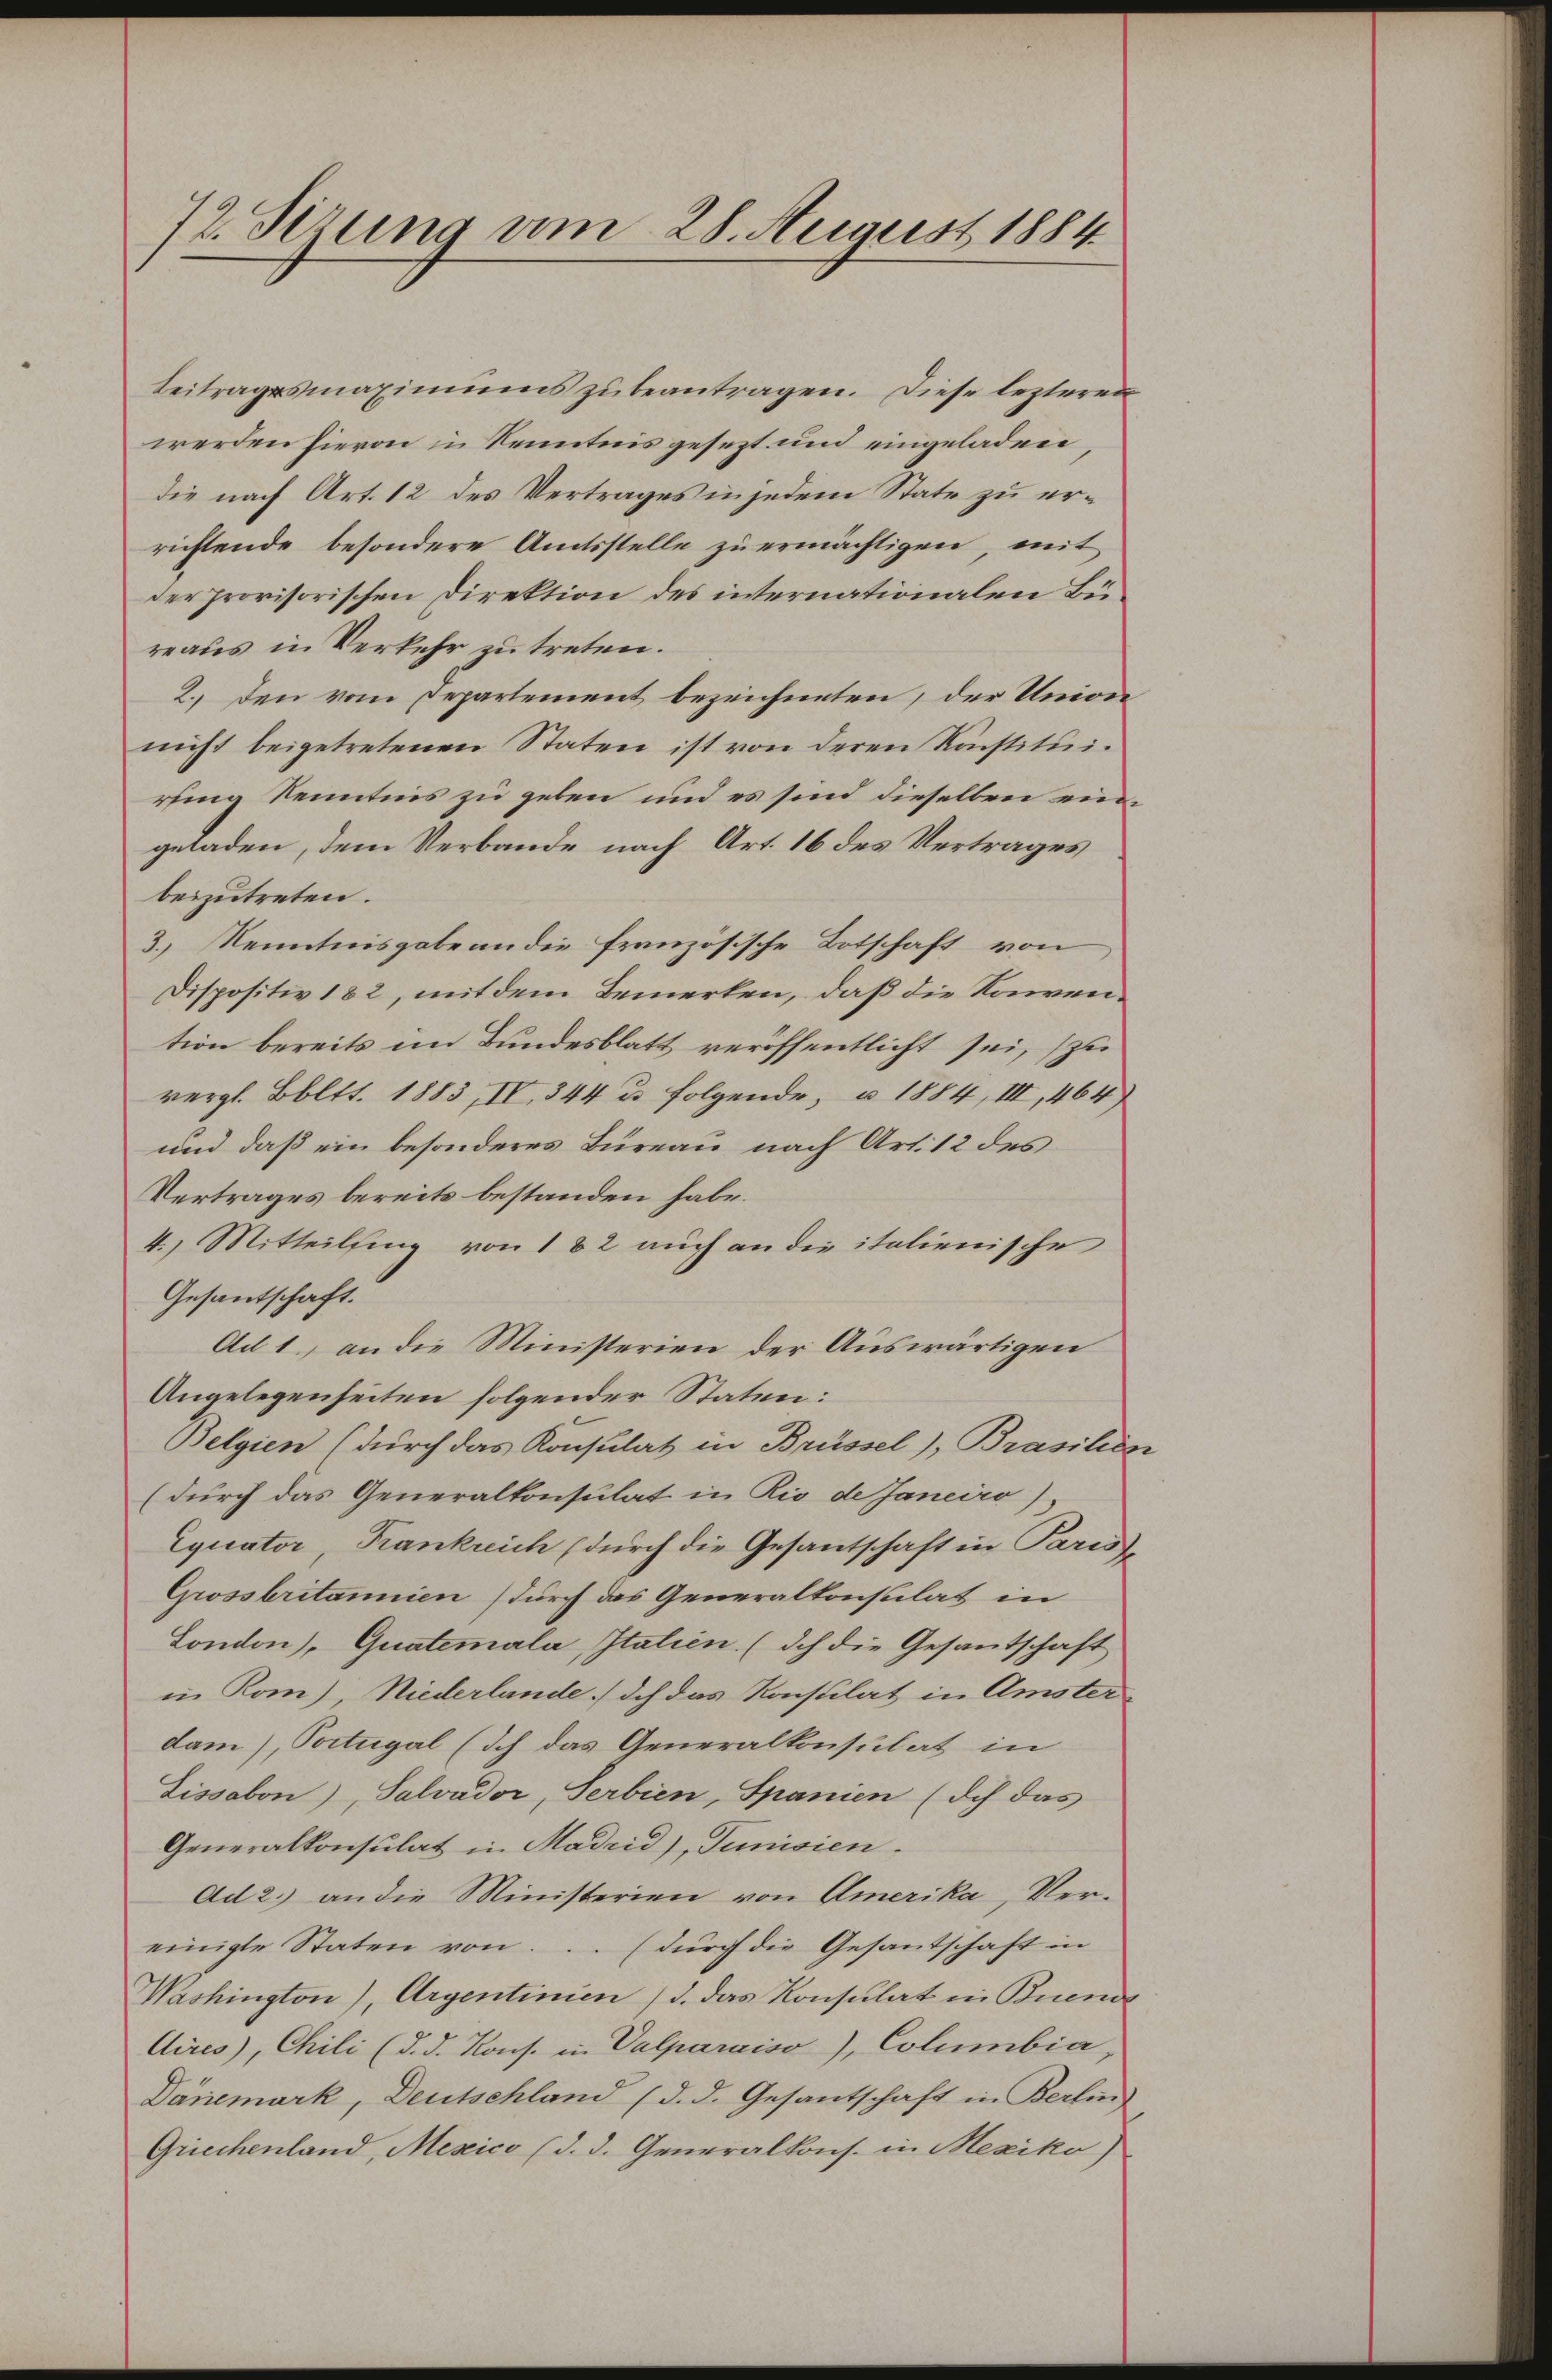
72. Sizung am 28. August 1884

Beitragsmaximums zu beantragen. Diese lezteren
werden hievon in Kenntnis gesezt und eingeladen,
die nach Art. 12 des Vertrages in jedem State zu errichtende besondere Amtsstelle zu ermächtigen, mit
der provisorischen Direktion des internationalen Büreaus in Verkehr zu treten.
2., den vom Departement bezeichneten, der Union
nicht beigetretenen Staten ist von deren Konstituiring Kenntnis zu geben und es sind dieselben eingeladen, dem Verbande nach Art. 16 des Vertrages
beizutreten.
3.) Kenntnisgabe an die französische Botschaft von
Dispositiv 182, mit dem Bemerken, daß die Konvention bereits im Bundesblatt veröffentlicht sei, zu
vergl. Boltt. 1883, IV 344 u. folgende, u. 1884, III, 464)
und daß ein besonderes Büreau nach Art. 12 des
Vertrages bereits bestanden habe.
4.) Mitteilfing von 182 auch an die italienische
Gesantschaft.
Ad 1, an die Ministerien der Auswärtigen
Angelegenheiten folgender Staten:
Belgien (durch das Konsulat in Brüssel), Brasilie
(durch das Generalkonsulat in Rio de Janeiro).
Equator, Frankreich (durch die Gesantschaft in Paris
Grossbritannien durch das Generalkonsulat in
London), Quatemala, Italien (ich die Gesantschaft
in Rom), Niederlande. Ich das Konsulat in Amster
dam), Portugal (Ich das Generalkonsulat in
Lissabon), Salvador, Serbien, Spanien (Ich das
Generalkonsulat in Madrid), Junisien.
Ad 2.) an die Ministerien von Amerika, Vereinigte Staten von... (durch die Gesantschaft in
Washington), Argentinien (S. das Konsulat in Buend
Aires), Chili (d. d. Kons. in Valparaiso), Columbia,
Dänemark, Deutschland (d. d. Gesantschaft in Berlin
Griechenland, Mexico (d. d. Generalkons. in Mexiko)

e